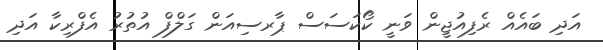
އަދި ބައެއް ރެފިއުޖީން ވަނީ ކޯކަސަސް ޕާރސިއަން ގަލްފް އުތުރު އެފްރިކާ އަދި